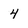
Character: 4